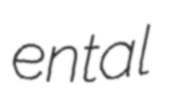
ental